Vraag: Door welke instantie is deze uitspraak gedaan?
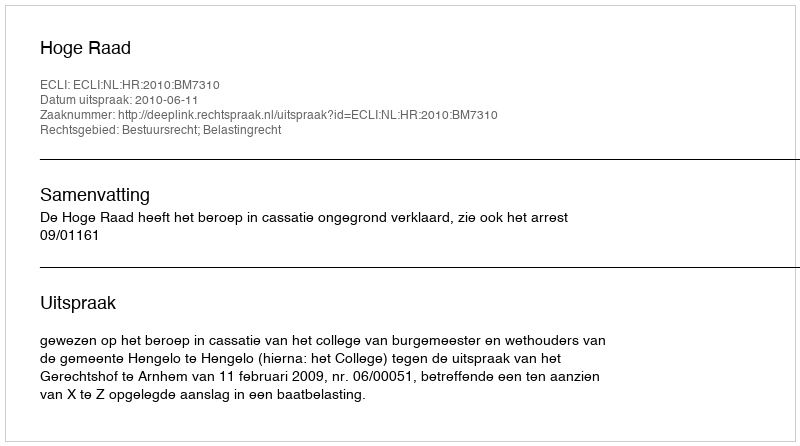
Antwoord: Hoge Raad